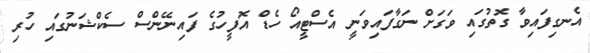
އެނގިފައިވާ ގޮތުގައި ވަގަށް ނަގާފައިވަނީ އެސްޓީއޯ ހެޑް އޮފީހުގެ ފައިނޭންސް ސެކްޝަނުގައި ހުރި